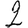
Digit: 2